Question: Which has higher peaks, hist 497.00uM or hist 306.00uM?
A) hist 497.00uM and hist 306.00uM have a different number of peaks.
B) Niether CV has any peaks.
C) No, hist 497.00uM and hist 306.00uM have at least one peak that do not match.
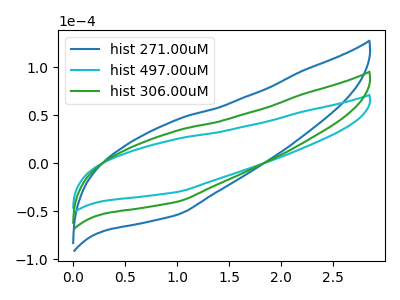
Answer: <think>The blue curve "hist 271.00uM" has no peaks. The cyan curve "hist 497.00uM" has no peaks. The green curve "hist 306.00uM" has no peaks.</think>
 <answer>B) Niether CV has any peaks.</answer>
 <eval>B</eval>